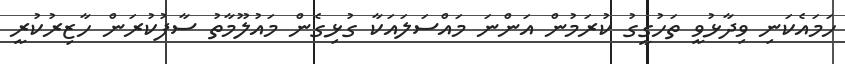
ހަމައެކަނި ވިދާޅުވީ ތަހުގީގު ކުރަމުން އަންނަ މައްސަލައަކާ ގުޅިގެން މައުލޫމާތު ސާފުކުރަން ހާޒިރުކުރީ